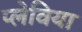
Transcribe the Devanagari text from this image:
प्लेविया